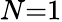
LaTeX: N{=}1